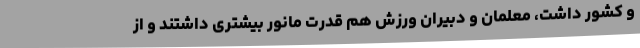
و کشور داشت، معلمان و دبیران ورزش هم قدرت مانور بیشتری داشتند و از